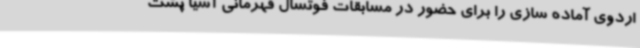
اردوی آماده سازی را برای حضور در مسابقات فوتسال قهرمانی آسیا پشت